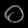
Digit: ၀